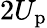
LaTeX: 2U_{\mathrm{p}}